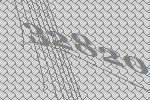
32820